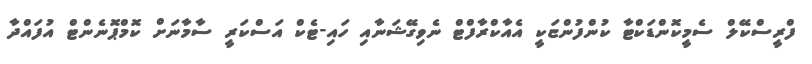
ފްރީސްކޭލް ސެމީކޮންޑަކްޓާ ކުންފުންޏަކީ އެއާކްރާފްޓް ނެވިގޭޝަނާއި ހައި-ޓެކް އަސްކަރީ ސާމާނަށް ކޮމްޕޮނެންޓް އުފައްދާ